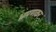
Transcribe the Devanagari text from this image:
भ्रमणकर